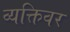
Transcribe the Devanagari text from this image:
व्यक्तिवर